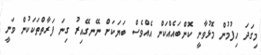
މިގަދަ ހިފުމުން މޮޅުވާނީ ކޮންބައެއްކަން އެއްވެސް ބަޔަކަށް ނޭނގޭއިރު ގިނަ ފަރާތްތަކަކުން ވަނީ